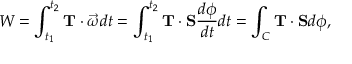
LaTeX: W = \int _ { t _ { 1 } } ^ { t _ { 2 } } \mathbf { T } \cdot { \vec { \omega } } d t = \int _ { t _ { 1 } } ^ { t _ { 2 } } \mathbf { T } \cdot \mathbf { S } { \frac { d \phi } { d t } } d t = \int _ { C } \mathbf { T } \cdot \mathbf { S } d \phi ,